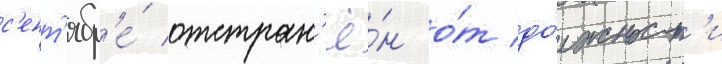
с'ент'ябр'е́ отстран'ё́н о́т до́лжност'и